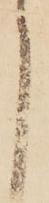
し